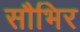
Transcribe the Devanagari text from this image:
सौभिर